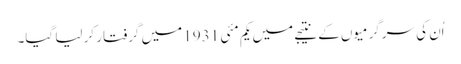
اُن کی سرگرمیوں کے نتیجے میں یکم مئی 1931 میں گرفتار کر لیا گیا۔